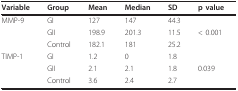
<table><thead><tr><td><b>Variable</b></td><td><b>Group</b></td><td><b>Mean</b></td><td><b>Median</b></td><td><b>SD</b></td><td><b>p value</b></td></tr></thead><tbody><tr><td>MMP-9</td><td>GI</td><td>127</td><td>147</td><td>44.3</td><td></td></tr><tr><td></td><td>GII</td><td>198.9</td><td>201.3</td><td>11.5</td><td>&lt; 0.001</td></tr><tr><td></td><td>Control</td><td>182.1</td><td>181</td><td>25.2</td><td></td></tr><tr><td>TIMP-1</td><td>GI</td><td>1.2</td><td>0</td><td>1.8</td><td></td></tr><tr><td></td><td>GII</td><td>2.1</td><td>2.1</td><td>1.8</td><td>0.039</td></tr><tr><td></td><td>Control</td><td>3.6</td><td>2.4</td><td>2.7</td><td></td></tr></tbody></table>